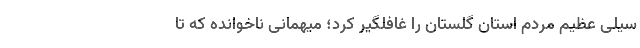
سیلی عظیم مردم استان گلستان را غافلگیر کرد؛ میهمانی ناخوانده که تا